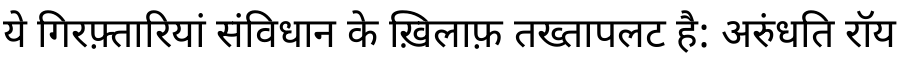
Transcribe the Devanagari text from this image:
ये गिरफ़्तारियां संविधान के ख़िलाफ़ तख्तापलट है: अरुंधति रॉय